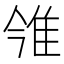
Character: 雂